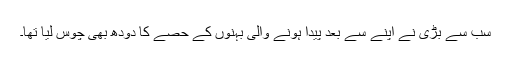
سب سے بڑی نے اپنے سے بعد پیدا ہونے والی بہنوں کے حصے کا دودھ بھی چوس لیا تھا۔